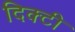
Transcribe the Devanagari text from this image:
दिक्टी